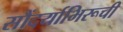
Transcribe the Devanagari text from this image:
सौंदर्याभिरूची